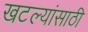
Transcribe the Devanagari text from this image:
खटल्यांसाठी